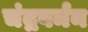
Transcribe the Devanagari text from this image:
चंद्रवर्मन